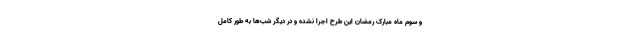
و سوم ماه مبارک رمضان این طرح اجرا نشده و در دیگر شب‌ها به طور کامل